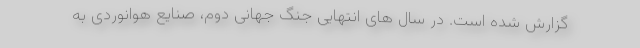
گزارش شده است. در سال های انتهایی جنگ جهانی دوم، صنایع هوانوردی به